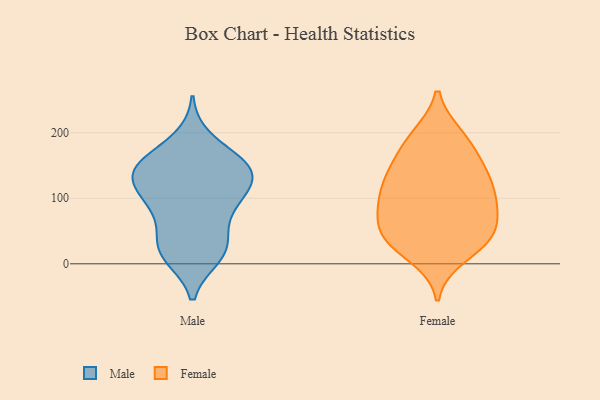
{"axis": {"x": "Latency (ms)", "y": "Value"}, "legend": ["Female", "Male"], "data": [{"x": "", "y": 25, "type": "Male"}, {"x": "", "y": 125, "type": "Male"}, {"x": "", "y": 148, "type": "Male"}, {"x": "", "y": 155, "type": "Male"}, {"x": "", "y": 137, "type": "Male"}, {"x": "", "y": 189, "type": "Male"}, {"x": "", "y": 22, "type": "Male"}, {"x": "", "y": 88, "type": "Male"}, {"x": "", "y": 101, "type": "Male"}, {"x": "", "y": 137, "type": "Male"}, {"x": "", "y": 148, "type": "Male"}, {"x": "", "y": 12, "type": "Male"}, {"x": "", "y": 83, "type": "Male"}, {"x": "", "y": 155, "type": "Male"}, {"x": "", "y": 16, "type": "Male"}, {"x": "", "y": 92, "type": "Male"}, {"x": "", "y": 129, "type": "Male"}, {"x": "", "y": 40, "type": "Male"}, {"x": "", "y": 194, "type": "Female"}, {"x": "", "y": 104, "type": "Female"}, {"x": "", "y": 28, "type": "Female"}, {"x": "", "y": 146, "type": "Female"}, {"x": "", "y": 46, "type": "Female"}, {"x": "", "y": 108, "type": "Female"}, {"x": "", "y": 103, "type": "Female"}, {"x": "", "y": 35, "type": "Female"}, {"x": "", "y": 185, "type": "Female"}, {"x": "", "y": 36, "type": "Female"}, {"x": "", "y": 86, "type": "Female"}, {"x": "", "y": 73, "type": "Female"}, {"x": "", "y": 98, "type": "Female"}, {"x": "", "y": 59, "type": "Female"}, {"x": "", "y": 137, "type": "Female"}, {"x": "", "y": 49, "type": "Female"}, {"x": "", "y": 196, "type": "Female"}, {"x": "", "y": 144, "type": "Female"}, {"x": "", "y": 11, "type": "Female"}, {"x": "", "y": 149, "type": "Female"}]}